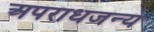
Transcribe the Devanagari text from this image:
अपराधजन्य